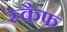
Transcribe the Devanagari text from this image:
स्कैफ